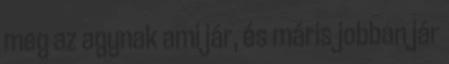
meg az agynak ami jár, és máris jobban jár